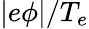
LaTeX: |e\phi|/T_{e}